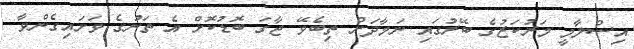
އިސްލާމީ މަރުކަޒުގެ ބޭރުގައި ނަމާދަށް ތިބެވޭ ޖާގަ ބޮޑުކޮށް އެ ތަނުގެ ވަށައިގެންވާ